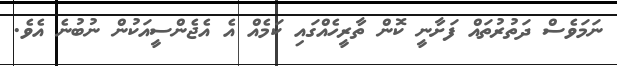
ނަމަވެސް ދަތުރުތައް ފަށާނީ ކޮން ތާރީހެއްގައި ކަމެއް އެ އެޖެންސީއަކުން ނުބުނެ އެވެ.